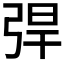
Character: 𢏥